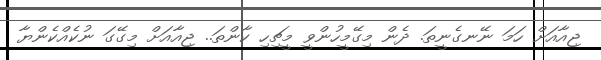
ޖިއާއަށް ހަމަ ނޭނގެނީތަ. ދެން މިގޭމީހުންވީ މީޗިހި ކާންތަ.. ޖިއާއަށް މިގޭގަ ނުކެއްކެންޔާ